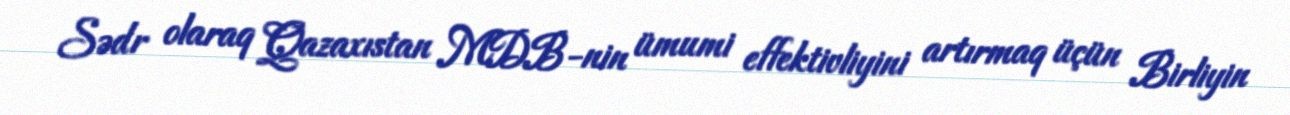
Sədr olaraq Qazaxıstan MDB-nin ümumi effektivliyini artırmaq üçün Birliyin